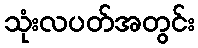
သုံးလပတ်အတွင်း